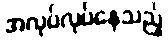
အလုပ်လုပ်နေသည့်